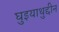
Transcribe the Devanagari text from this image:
घुइयाथुद्दीन